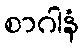
စာဂါနံ